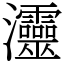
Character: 𤅷